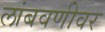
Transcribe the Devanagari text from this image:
लांबवणीवर